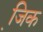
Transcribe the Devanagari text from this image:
जि़क